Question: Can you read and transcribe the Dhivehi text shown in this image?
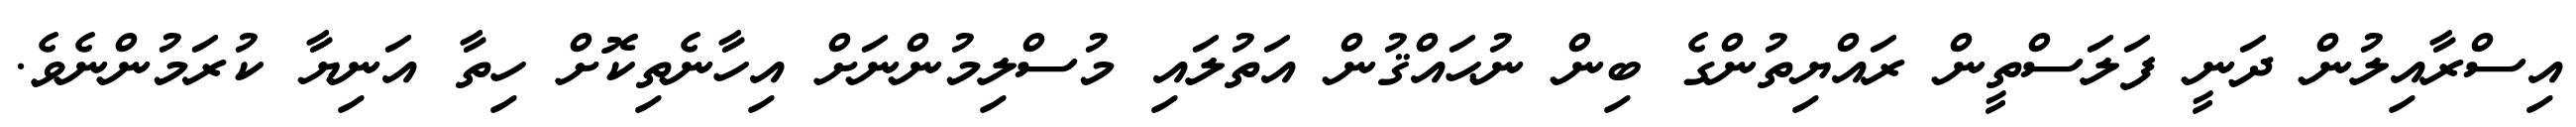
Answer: އިސްރާއިލުން ދަނީ ފަލަސްތީން ރައްޔިތުންގެ ބިން ނުޙައްޤުން އަތުލައި މުސްލިމުންނަށް އިހާނެތިކޮށް ހިތާ އަނިޔާ ކުރަމުންނެވެ.